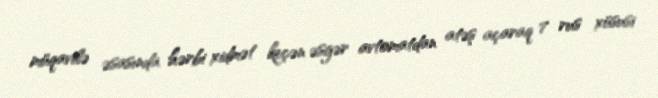
müqavilə əsasında hərbi xidmət keçən əsgər avtomatdan atəş açaraq 7 rus xüsusi